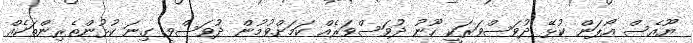
ޔޫއެސް އޯޕަން ކުޅޭ ދުވަސްވަރަކީ ހޫނު ދުވަސްވަރެއް ކަމަށްވުމުން ދުވަސްވީ ގިނަ ކުޅުންތެރިންތަކެއް